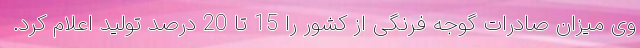
وی میزان صادرات گوجه فرنگی از کشور را 15 تا 20 درصد تولید اعلام کرد.